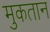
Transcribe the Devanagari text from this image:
मुकतान